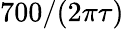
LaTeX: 700/(2\pi\tau)